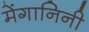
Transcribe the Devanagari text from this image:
मेंगानिनी